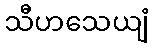
သီဟသေယျံ